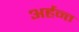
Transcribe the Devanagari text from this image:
अर्हन्त